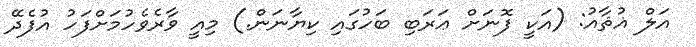
އަލް ޣުޘާއު: (އަކީ ފޮނަށް ޢަރަބި ބަހުގައި ކިޔާނަން.) މިއީ ވާރެވެހުމަށްފަހު އުފެދޭ